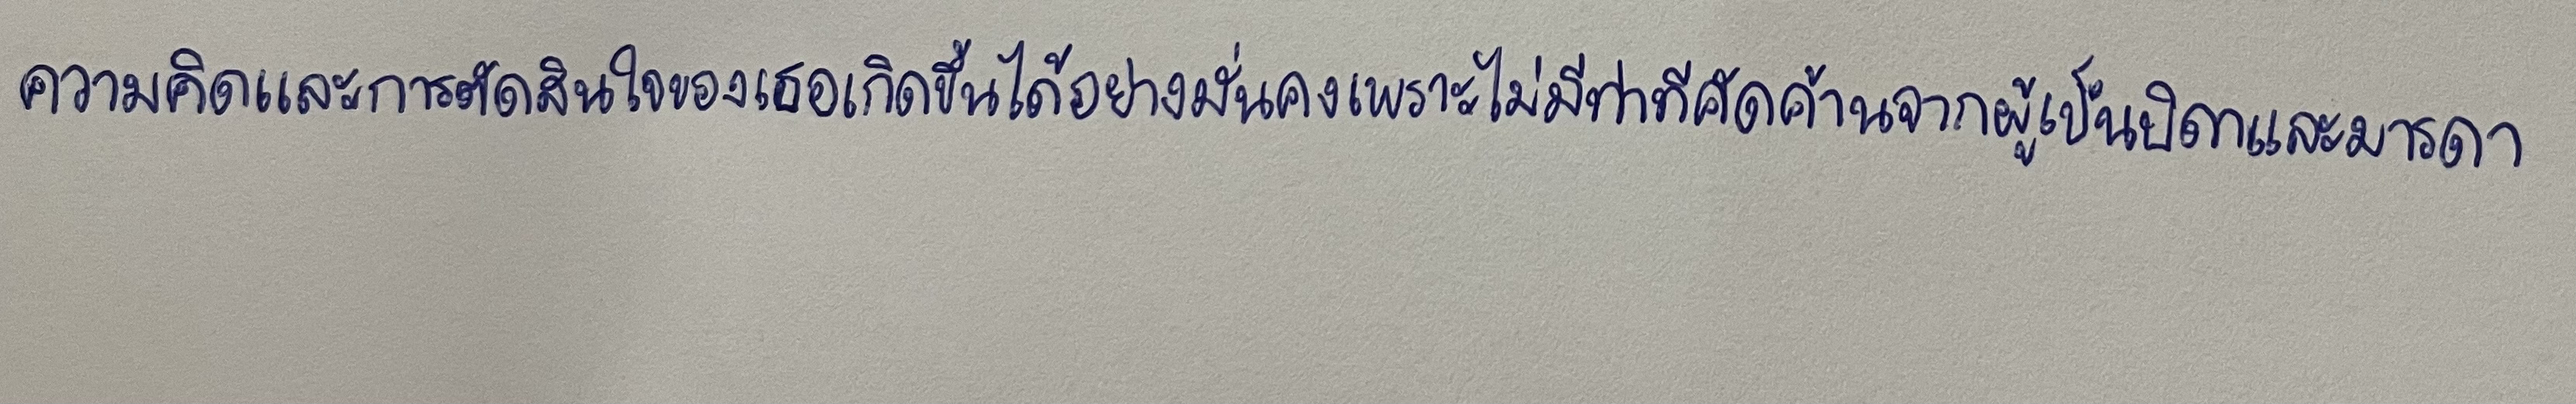
ความคิดและการตัดสินใจของเธอเกิดขึ้นได้อย่างมั่นคงเพราะไม่มีท่าทีคัดค้านจากผู้เป็นบิดาและมารดา